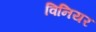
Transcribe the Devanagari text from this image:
विनियर